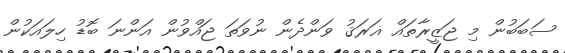
ސަބަބުން މި ޖަޒީރާތައް ޣަރަޤު ވަންދެން ނުވަތަ ޖައްވުން އަންނަ ބޮޑު ހިލައަކުން